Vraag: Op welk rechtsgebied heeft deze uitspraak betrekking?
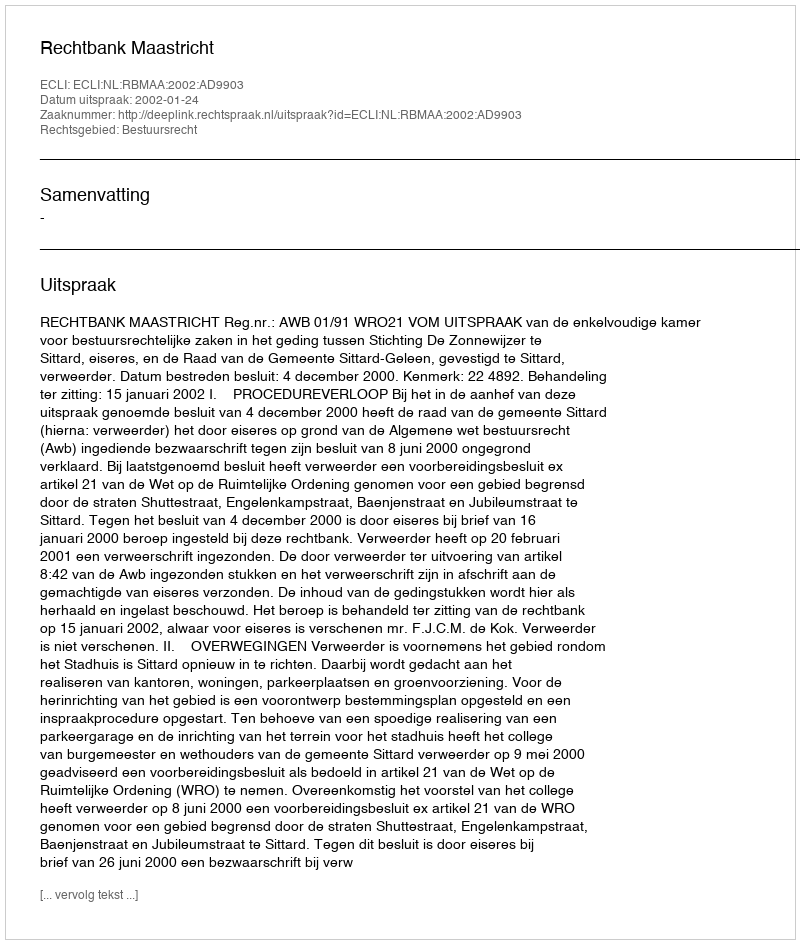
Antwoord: Bestuursrecht